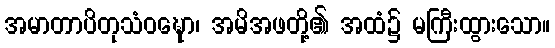
အမာတာပိတုသံဝဍ္ဎော၊ အမိအဖတို့၏ အထံ၌ မကြီးထွားသော။